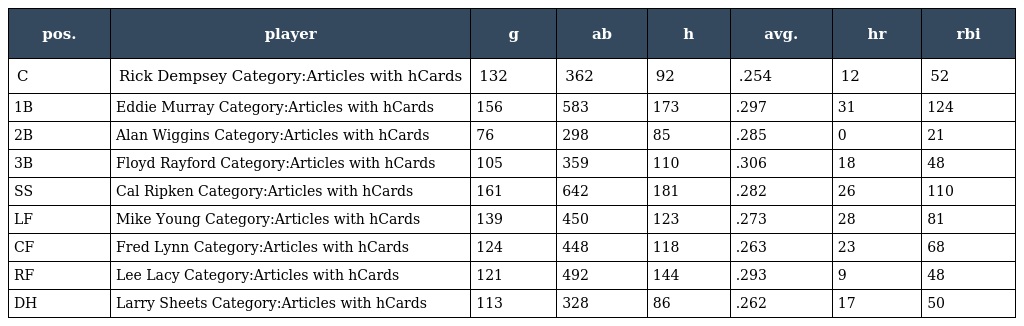
| pos. | player | g | ab | h | avg. | hr | rbi |
 | --- | --- | --- | --- | --- | --- | --- | --- |
 | C | Rick Dempsey Category:Articles with hCards | 132 | 362 | 92 | .254 | 12 | 52 |
 | 1B | Eddie Murray Category:Articles with hCards | 156 | 583 | 173 | .297 | 31 | 124 |
 | 2B | Alan Wiggins Category:Articles with hCards | 76 | 298 | 85 | .285 | 0 | 21 |
 | 3B | Floyd Rayford Category:Articles with hCards | 105 | 359 | 110 | .306 | 18 | 48 |
 | SS | Cal Ripken Category:Articles with hCards | 161 | 642 | 181 | .282 | 26 | 110 |
 | LF | Mike Young Category:Articles with hCards | 139 | 450 | 123 | .273 | 28 | 81 |
 | CF | Fred Lynn Category:Articles with hCards | 124 | 448 | 118 | .263 | 23 | 68 |
 | RF | Lee Lacy Category:Articles with hCards | 121 | 492 | 144 | .293 | 9 | 48 |
 | DH | Larry Sheets Category:Articles with hCards | 113 | 328 | 86 | .262 | 17 | 50 |